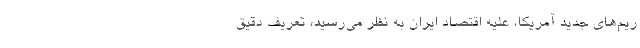
ریم‌های جدید آمریکا، علیه اقتصاد ایران به نظر می‌رسید، تعریف دقیق